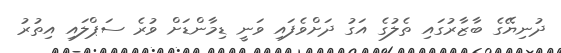
ދުނިޔޭގެ ބާޒާރުގައި ތެލުގެ އަގު ދަށްވެފައި ވަނީ ޑިމާންޑަށް ވުރެ ސަޕްލައި އިތުރު